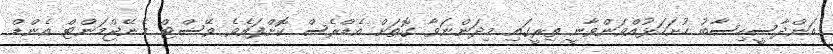
އަންދާސީހިސާބު ހުށަހަޅުއްވަންވާނީ ތިރީގައި މިދަންނަވާ ގޮތަށް އެޑްރެސް ކޮށްފައެވެ ވޭސްޓް މެނޭޖްމަންޓް އެންޑް